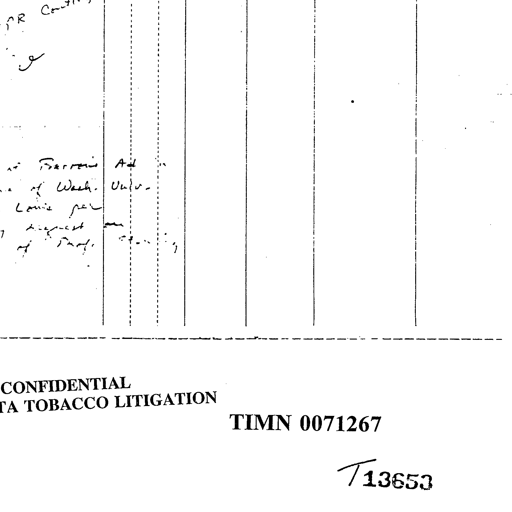
R Cont

Ferris Ad
of Wash. Univ.
Louis per
request
of Prof.

CONFIDENTIAL
TOBACCO LITIGATION
TIMN 0071267

T13653